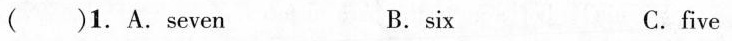
( )1.A.Seven B.six C.five